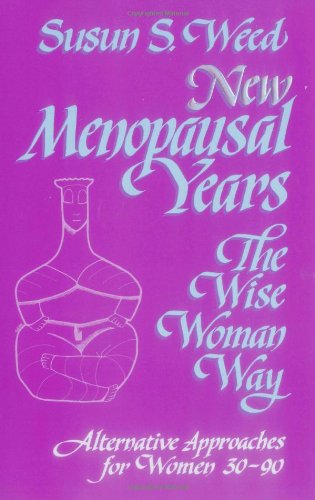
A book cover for New Menopausal Years : The Wise Woman Way, Alternative Approaches for Women 30-90 (Wise Woman Ways); Susun S. Weed; Health, Fitness & Dieting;